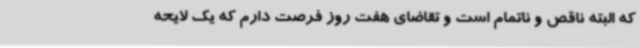
که البته ناقص و ناتمام است و تقاضای هفت روز فرصت دارم که یک لایحه